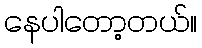
နေပါတော့တယ်။